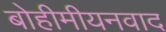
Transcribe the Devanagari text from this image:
बोहीमीयनवाद